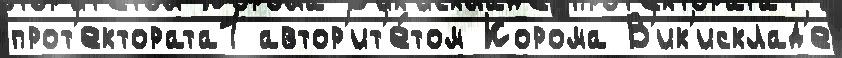
прот'ектората1 автор'ит'е́том Корома В'ик'исклад'е